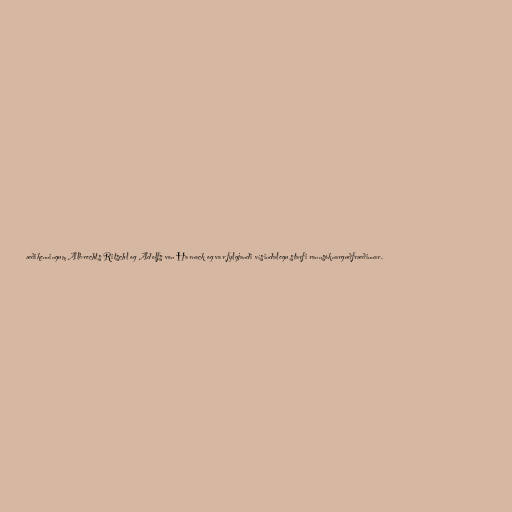
æðikenningum Albrechts Ritschl og Adolfs von Harnack og var fylgjandi vísindalegu starfi rannsóknarguðfræðinnar.